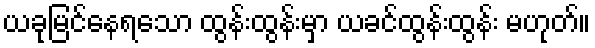
ယခုမြင်နေရသော ထွန်းထွန်းမှာ ယခင်ထွန်းထွန်း မဟုတ်။